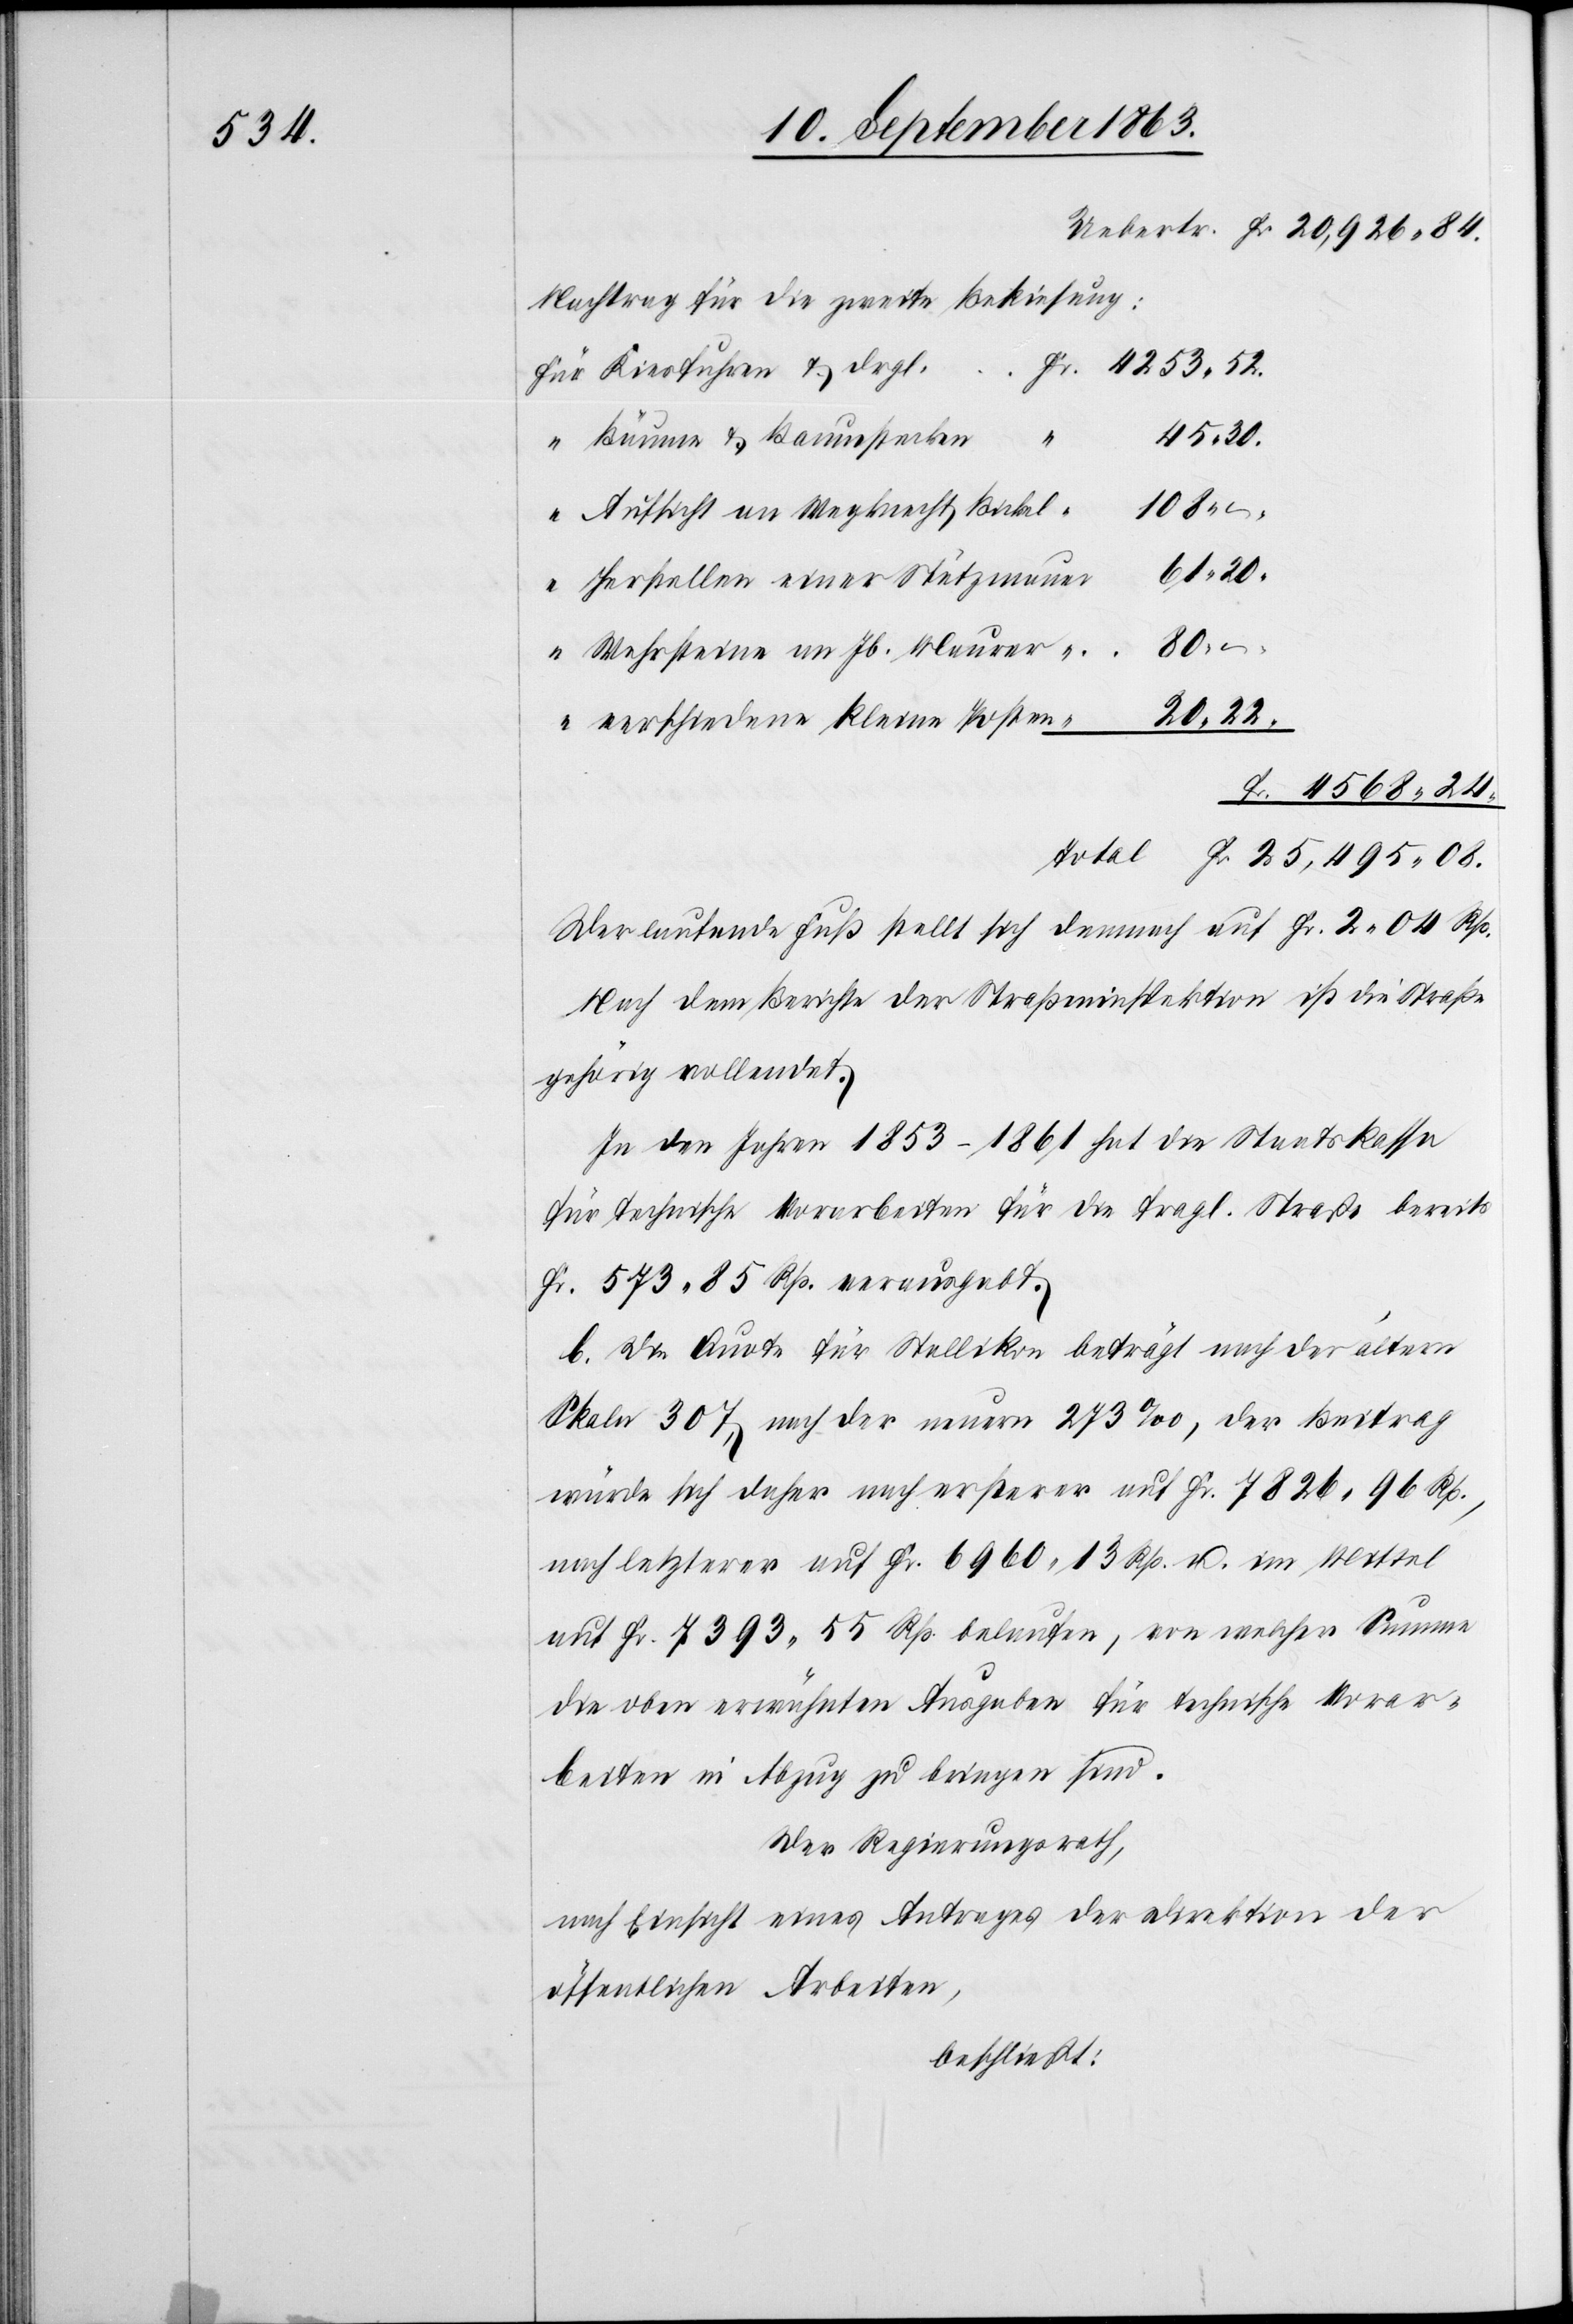
84.

Nachtrag für die zweite Bekiesung
Bäume & Baumstecken
08.
Aufsicht an Wegknecht Bickel
61. 20.
Herstellen einer Stützmauer
Wehrsteine an Jb. Maurer
25,495.
verschiedene kleine Posten
Der laufende Fuß stellt sich demnach auf Fr. 2. 04 Rp.
Nach dem Berichte der Straßeninspektion ist die Straße
gehörig vollendet.
In den Jahren 1853–1861 hat die Staatskassa
für technische Vorarbeiten für die fragl. Straße bereits
Fr. 573. 85 Rp. verausgabt.
b. Die Quote für Stallikon beträgt nach der ältern
Skala 307, nach der neuern 273‰, der Beitrag
würde sich daher nach ersterer auf Fr. 7826. 96 Rp.,
nach letzterer auf Fr. 6960. 13 Rp. u. im Mittel
auf Fr. 7393. 55 Rp. belaufen, von welcher Summe
die oben erwähnten Ausgaben für technische Vorar¬
beiten in Abzug zu bringen sind.
Der Regierungsrath,
nach Einsicht eines Antrages der Direktion der
öffentlichen Arbeiten,
beschließt: